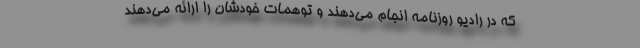
که در رادیو روزنامه انجام می‌دهند و توهمات خودشان را ارائه می‌دهند